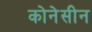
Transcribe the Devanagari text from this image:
कोनेसीन